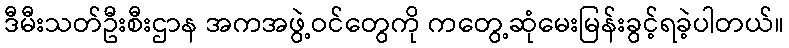
ဒီမီးသတ်ဦးစီးဌာန အကအဖွဲ့ဝင်တွေကို ကတွေ့ဆုံမေးမြန်းခွင့်ရခဲ့ပါတယ်။